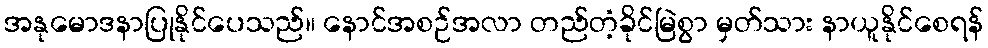
အနုမောဒနာပြုနိုင်ပေသည်။ နောင်အစဉ်အလာ တည်တံ့ခိုင်မြဲစွာ မှတ်သား နာယူနိုင်စေရန်